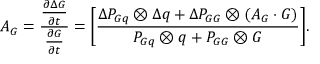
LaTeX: A _ { G } = { \frac { \frac { \partial \Delta G } { \partial t } } { \frac { \partial G } { \partial t } } } = \Biggl [ { \frac { \Delta P _ { G q } \otimes \Delta q + \Delta P _ { G G } \otimes ( A _ { G } \cdot G ) } { P _ { G q } \otimes q + P _ { G G } \otimes G } } \Biggr ] .